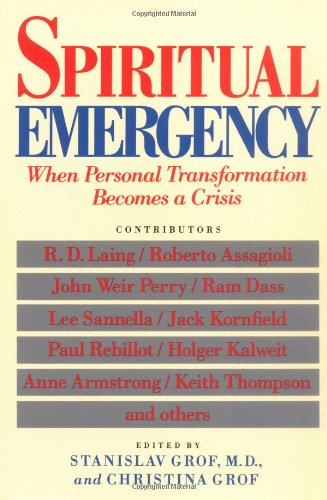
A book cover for Spiritual Emergency: When Personal Transformation Becomes a Crisis (New Consciousness Readers); Religion & Spirituality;